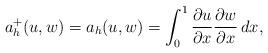
LaTeX: \begin{align*}a_h^+(u,w)=a_h(u,w) = \int_0^1 \frac{\partial u}{\partial x} \frac{\partial w}{\partial x} \, dx,\end{align*}